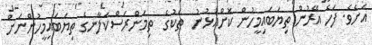
އަށެވެ. ފަހެ އޭރުން ތިޔަބައިމީހުން ކޮށްއުޅުނު  ތަކުގެ  ތިމަންރަސްކަލާނގެ ތިޔަބައިމީހުންނަށް